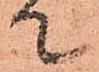
て